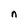
Character: n